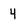
Character: 4